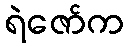
ရဲဇော်က